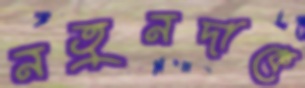
নতুনদাকে